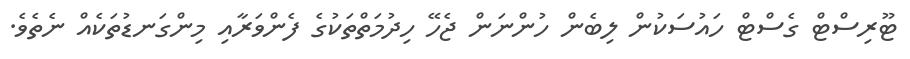
ޓޫރިސްޓް ގެސްޓް ހައުސަކުން ލިބެން ހުންނަން ޖެހޭ ހިދުމަތްތަކުގެ ފެންވަރާއި މިންގަނޑުތަކެއް ނެތެވެ.